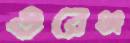
ওরেঞ্জ